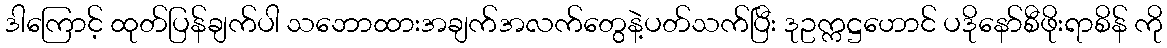
ဒါကြောင့် ထုတ်ပြန်ချက်ပါ သဘောထားအချက်အလက်တွေနဲ့ပတ်သက်ပြီး ဒုဥက္ကဋ္ဌဟောင် ပဒိုနော်စီဖိုးရာစိန် ကို